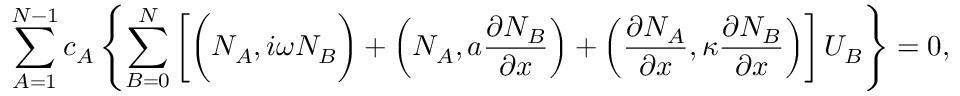
\sum _ { A = 1 } ^ { N - 1 } c _ { A } \left\{ \sum _ { B = 0 } ^ { N } \left[ \bigg ( N _ { A } , i \omega N _ { B } \bigg ) + \left( N _ { A } , a \frac { \partial N _ { B } } { \partial x } \right) + \left( \frac { \partial N _ { A } } { \partial x } , \kappa \frac { \partial N _ { B } } { \partial x } \right) \right] U _ { B } \right\} = 0 ,